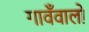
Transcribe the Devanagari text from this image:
गावँवालों